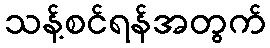
သန့်စင်ရန်အတွက်